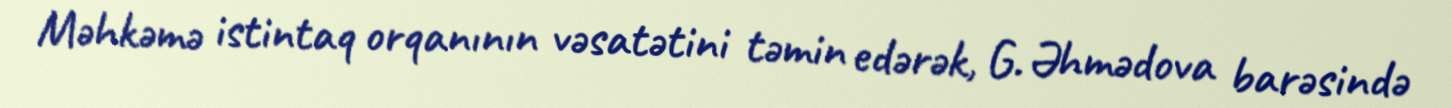
Məhkəmə istintaq orqanının vəsatətini təmin edərək, G. Əhmədova barəsində